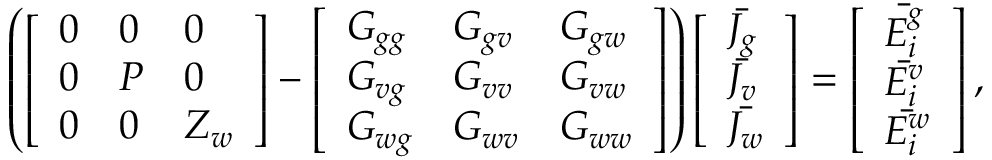
\begin{array} { r } { \left( \left[ \begin{array} { l l l } { 0 } & { 0 } & { 0 } \\ { 0 } & { P } & { 0 } \\ { 0 } & { 0 } & { Z _ { w } } \end{array} \right] - \left[ \begin{array} { l l l } { G _ { g g } } & { G _ { g v } } & { G _ { g w } } \\ { G _ { v g } } & { G _ { v v } } & { G _ { v w } } \\ { G _ { w g } } & { G _ { w v } } & { G _ { w w } } \end{array} \right] \right) \left[ \begin{array} { l } { \bar { J _ { g } } } \\ { \bar { J _ { v } } } \\ { \bar { J _ { w } } } \end{array} \right] = \left[ \begin{array} { l } { \bar { E _ { i } ^ { g } } } \\ { \bar { E _ { i } ^ { v } } } \\ { \bar { E _ { i } ^ { w } } } \end{array} \right] , } \end{array}